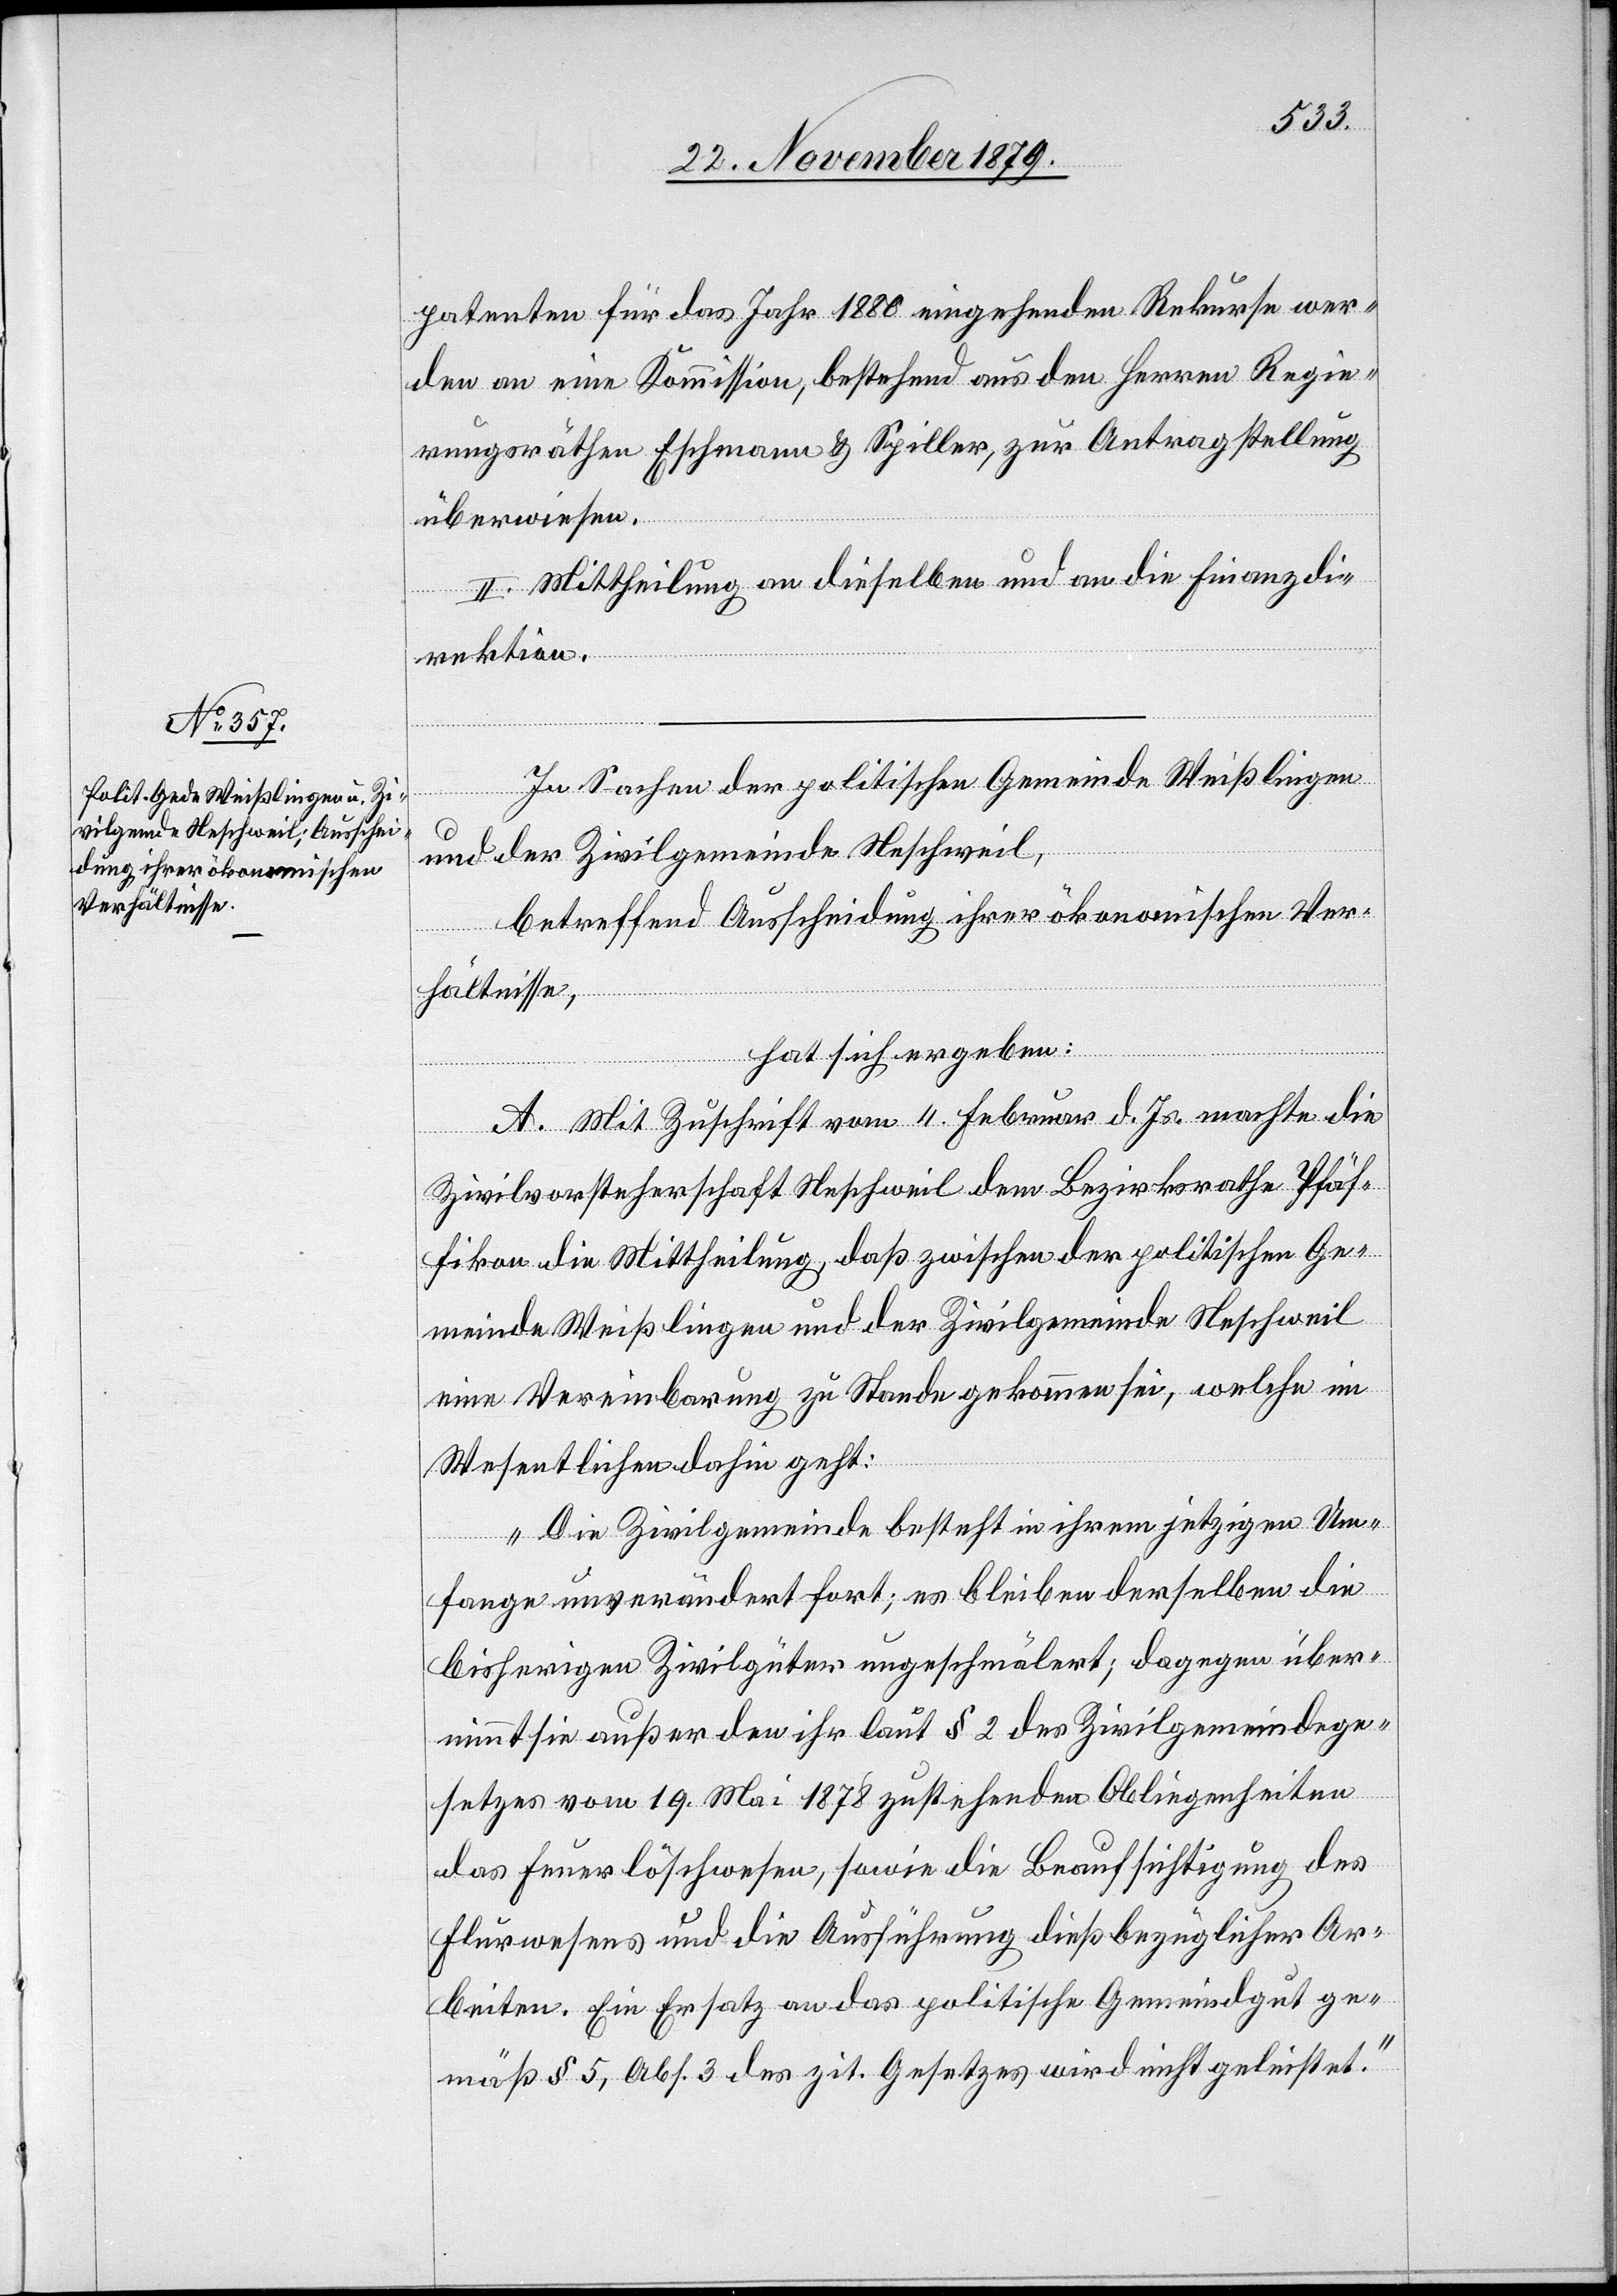
patenten für das Jahr 1880 eingehenden Rekurse wer¬
den an eine Kommission, bestehend aus den Herren Regie¬
rungsräthen Eschmann & Spiller, zur Antragstellung
überwiesen.
II. Mittheilung an dieselben und an die Finanzdi¬
rektion.
In Sachen der politischen Gemeinde Weißlingen
und der Zivilgemeinde Neschweil,
betreffend Ausscheidung ihrer ökonomischen Ver¬
hältnisse,
hat sich ergeben:
A. Mit Zuschrift vom 11. Februar d. Js. machte die
Zivilvorsteherschaft Neschweil dem Bezirksrathe Pfäf¬
fikon die Mittheilung, daß zwischen der politischen Ge¬
meinde Weißlingen und der Zivilgemeinde Neschweil
eine Vereinbarung zu Stande gekommen sei, welche im
Wesentlichen dahin geht:
„Die Zivilgemeinde besteht in ihrem jetzigen Um¬
fange unverändert fort; es bleiben derselben die
bisherigen Zivilgüter ungeschmälert; dagegen über¬
nimmt sie außer den ihr laut § 2 des Zivilgemeindege¬
setzes vom 19. Mai 1878 zustehenden Obliegenheiten
das Feuerlöschwesen, sowie die Beaufsichtigung des
Flurwesens und die Ausführung dießbezüglicher Ar¬
beiten. Ein Ersatz an das politische Gemeindgut ge¬
mäß § 5, Abs. 3 des zit. Gesetzes wird nicht geleistet.“